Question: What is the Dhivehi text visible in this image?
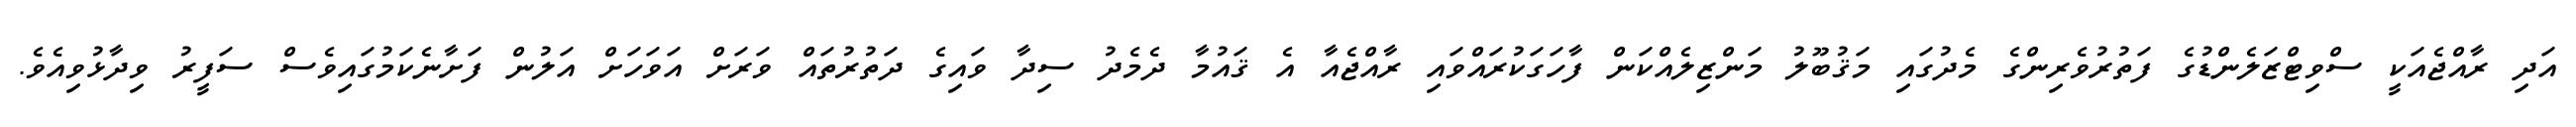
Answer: އަދި ރާއްޖެއަކީ ސްވިޓްޒަލެންޑުގެ ފަތުރުވެރިންގެ މެދުގައި މަޤުބޫލު މަންޒިލެއްކަން ފާހަގަކުރައްވައި ރާއްޖެއާ އެ ޤައުމާ ދެމެދު ސިދާ ވައިގެ ދަތުރުތައް ވަރަށް އަވަހަށް އަލުން ފަށާނެކަމުގައިވެސް ސަފީރު ވިދާޅުވިއެވެ.